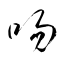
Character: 吻